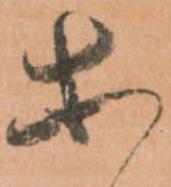
等